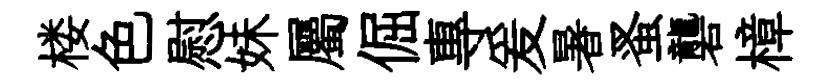
楼色慰妹屬倔專爰暑蚤礱樟